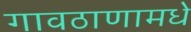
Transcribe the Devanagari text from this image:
गावठाणामधे